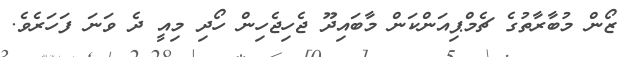
ޒޯން މުބާރާތުގެ ޗެމްޕިއަންކަން މާބައިދޫ ޖެހިޖެހިން ހޯދި މިއީ ދެ ވަނަ ފަހަރެވެ.